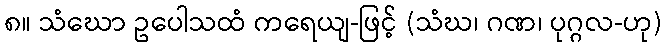
၈။ သံဃော ဥပေါသထံ ကရေယျ-ဖြင့် (သံဃ၊ ဂဏ၊ ပုဂ္ဂလ-ဟု)